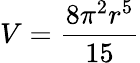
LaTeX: V={\frac{8\pi^{2}r^{5}}{15}}